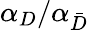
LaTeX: \alpha_{D}/\alpha_{\bar{D}}